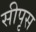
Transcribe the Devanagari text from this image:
सीपृस